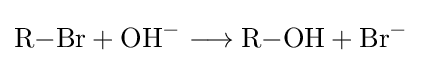
{\mathrm {R} {-}\mathrm {Br} {}+{}\mathrm {OH} {\vphantom {A}}^{-}{}\mathrel {\longrightarrow } {}\mathrm {R} {-}\mathrm {OH} {}+{}\mathrm {Br} {\vphantom {A}}^{-}}